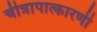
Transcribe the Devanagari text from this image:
चीत्रापात्कारणी